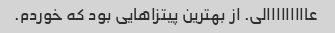
عااااااااالی. از بهترین پیتزاهایی بود که خوردم.